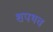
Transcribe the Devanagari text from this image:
शपथच